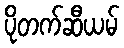
ပိုတက်ဆီယမ်